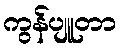
ကွန်ပျူတာ